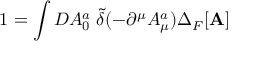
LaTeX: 1 = \int { \cal D } A _ { 0 } ^ { a } \; { \widetilde { \delta } } ( - \partial ^ { \mu } A _ { \mu } ^ { a } ) \Delta _ { F } [ { \bf A } ]